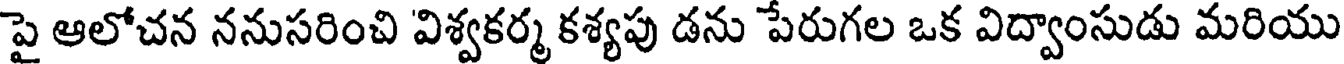
పై ఆలోచన ననుసరించి విశ్వకర్మ కశ్యపు డను పేరుగల ఒక విద్వాంసుడు మరియు